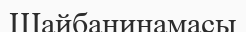
Шайбанинамасы